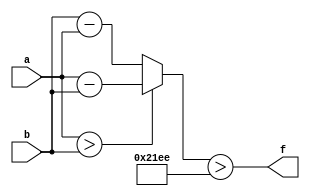
module wce_mit(a, b, f);
parameter _bit = 16;
parameter wce = 8686;
input [_bit - 1: 0] a;
input [_bit - 1: 0] b;
output f;
wire [_bit - 1: 0] diff;
assign diff = (a > b)? (a - b): (b - a);
assign f = (diff > wce);
endmodule